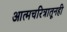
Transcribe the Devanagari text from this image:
आत्मचरित्रातूनही